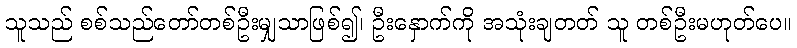
သူသည် စစ်သည်တော်တစ်ဦးမျှသာဖြစ်၍၊ ဦးနှောက်ကို အသုံးချတတ် သူ တစ်ဦးမဟုတ်ပေ။